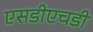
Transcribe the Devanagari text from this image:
एसडीएचडी